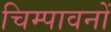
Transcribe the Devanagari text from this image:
चिम्पावनों